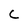
Character: C